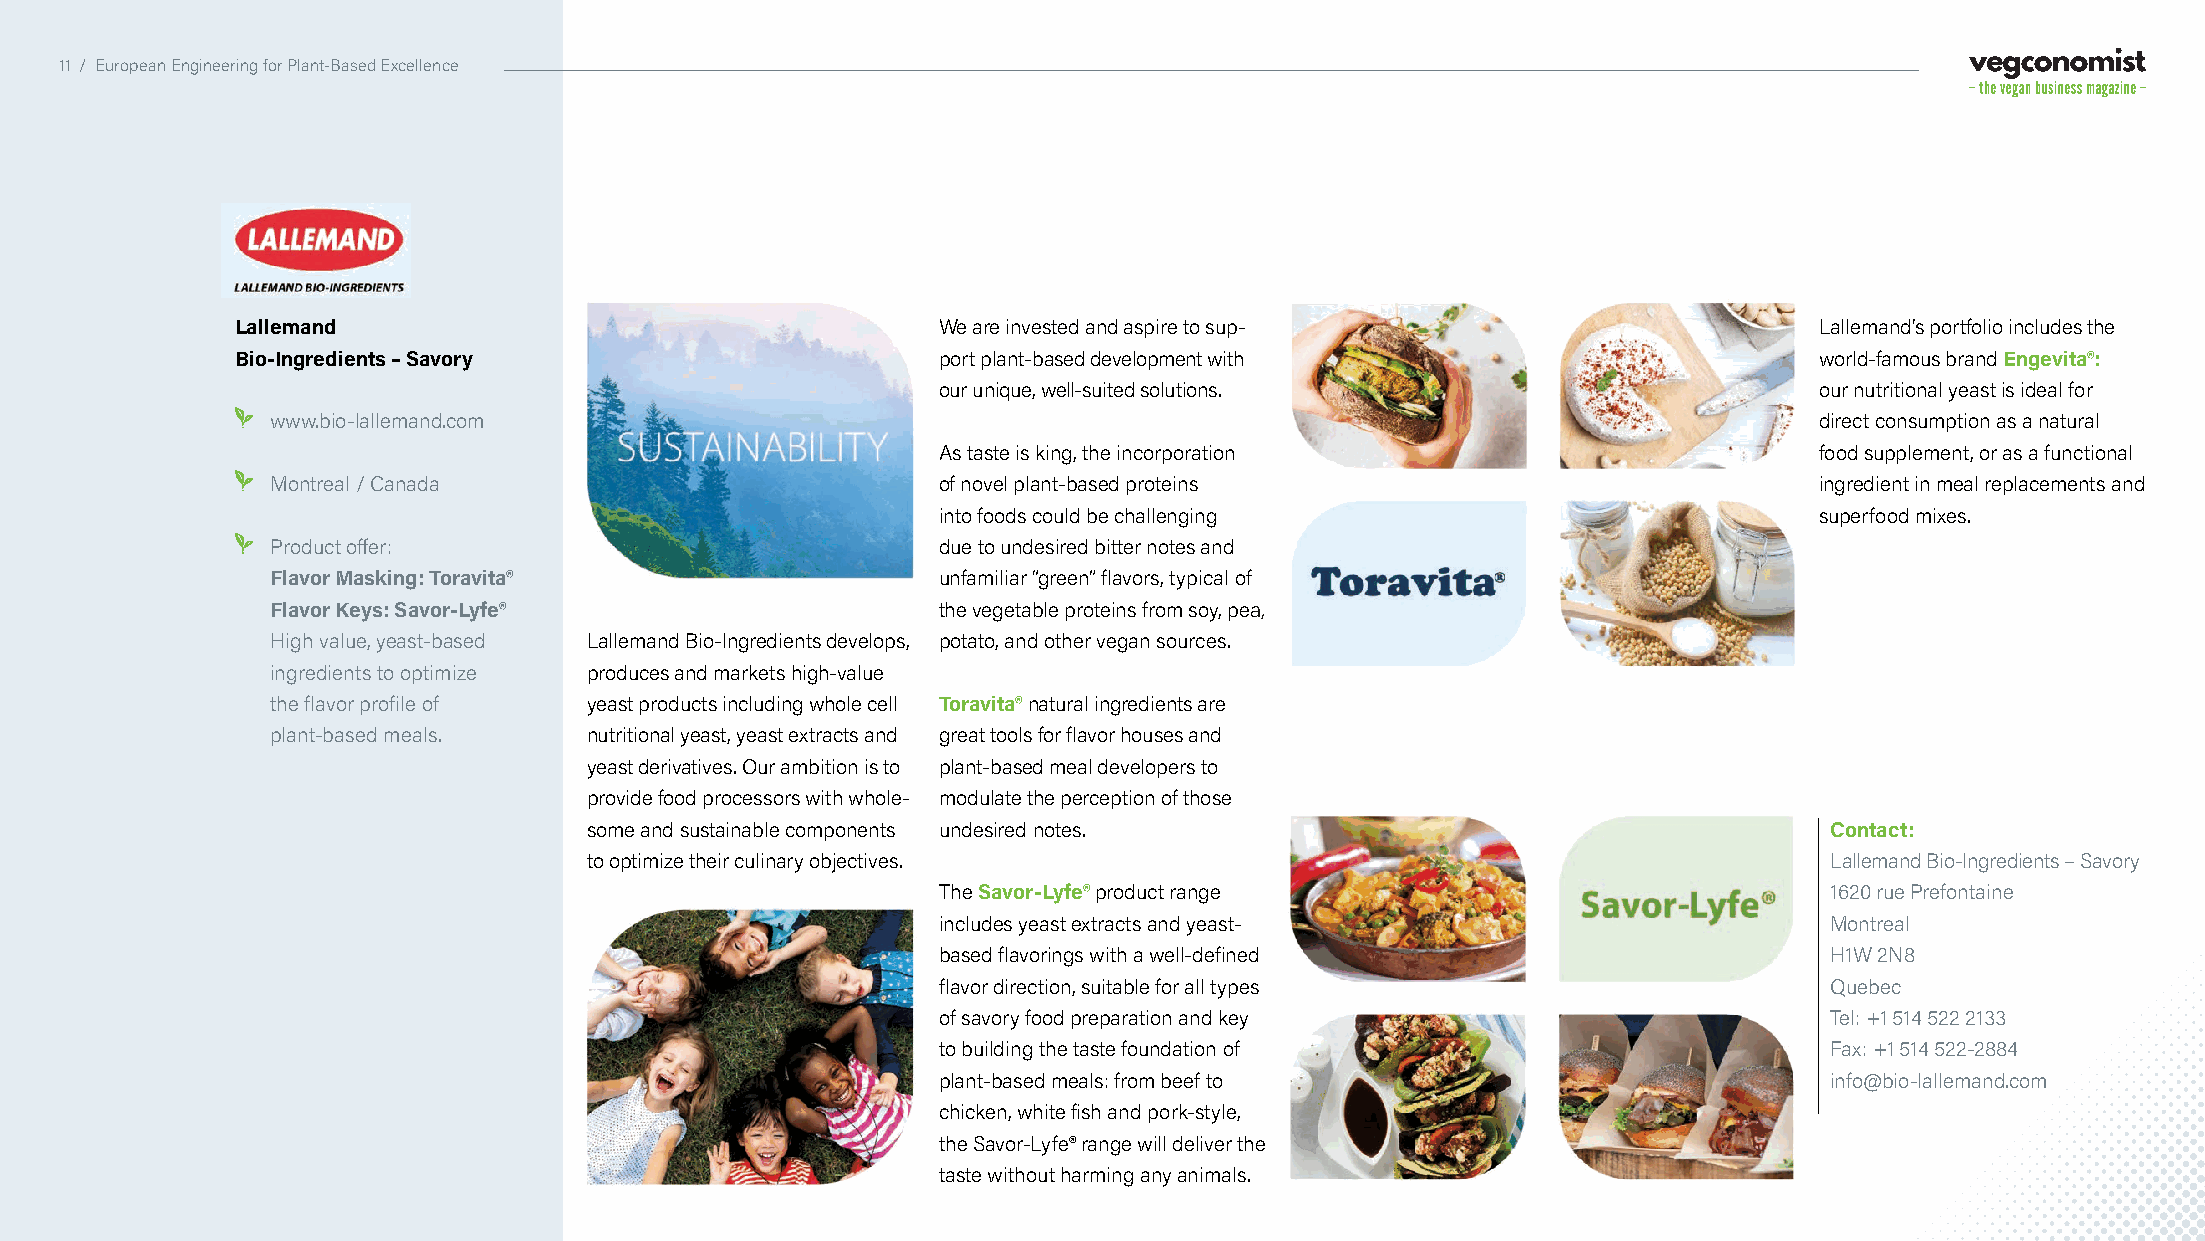
11 / European Engineering for Plant-Based Excellence
 Lallemand                                     We are invested and aspire to sup-                        Lallemand’s portfolio includes the
 Bio-Ingredients – Savory                      port plant-based development with                         world-famous brand Engevita®:
 our unique, well-suited solutions.                        our nutritional yeast is ideal for
 www.bio-lallemand.com                                                                                 direct consumption as a natural
 As taste is king, the incorporation                       food supplement, or as a functional
 Montreal / Canada                           of novel plant-based proteins                             ingredient in meal replacements and
 into foods could be challenging                           superfood mixes.
 Product offer:                              due to undesired bitter notes and
 Flavor Masking: Toravita®                   unfamiliar “green” flavors, typical of
 Flavor Keys: Savor-Lyfe®                    tthhee vveeggeettaabbllee pprrootteeiinnss ffrroomm ssooyy,, ppeeaa,,
 High value, yeast-based Lallemand Bio-Ingredients develops, potato, and other vegan sources.
 ingredients to optimize produces and markets high-value
 the flavor profile of yeast products including whole cell Toravita®natural ingredients are
 plant-based meals.   nutritional yeast, yeast extracts and great tools for flavor houses and
 yeast derivatives. Our ambition is to plant-based meal developers to
 provide food processors with whole- modulate the perception of those
 some and sustainable components undesired notes.                                  Contact:
 to optimize their culinary objectives.                                            Lallemand Bio-Ingredients – Savory
 The Savor-Lyfe®product range                               1620 rue Prefontaine
 includes yeast extracts and yeast-                         Montreal
 based flavorings with a well-defined                       H1W 2N8
 flavor direction, suitable for all types                   Quebec
 of savory food preparation and key                         Tel: +1 514 522 2133
 to building the taste foundation of                        Fax: +1 514 522-2884
 plant-based meals: from beef to                            info@bio-lallemand.com
 chicken, white fish and pork-style,
 the Savor-Lyfe® range will deliver the
 taste without harming any animals.